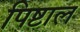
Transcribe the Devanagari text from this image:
पिष्टाल